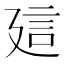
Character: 𧥡